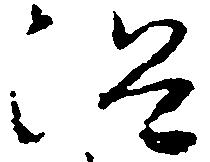
沼